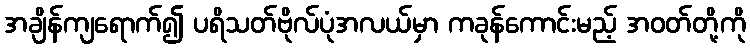
အချိန်ကျရောက်၍ ပရိသတ်ဗိုလ်ပုံအလယ်မှာ ကခုန်ကောင်းမည့် အဝတ်တို့ကို